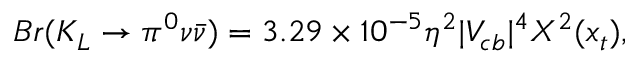
B r ( K _ { L } \to \pi ^ { 0 } \nu \bar { \nu } ) = 3 . 2 9 \times 1 0 ^ { - 5 } \eta ^ { 2 } | V _ { c b } | ^ { 4 } X ^ { 2 } ( x _ { t } ) ,